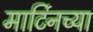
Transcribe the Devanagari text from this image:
मार्टिनच्या